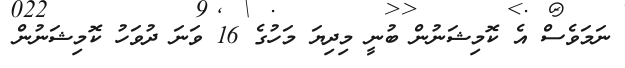
ނަމަވެސް އެ ކޮމިޝަނުން ބުނީ މިދިޔަ މަހުގެ 16 ވަނަ ދުވަހު ކޮމިޝަނުން